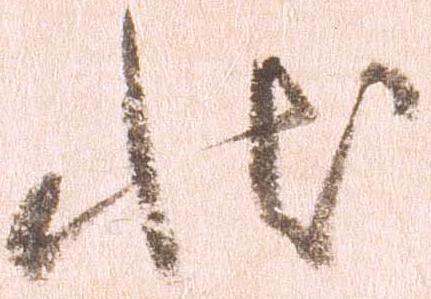
状